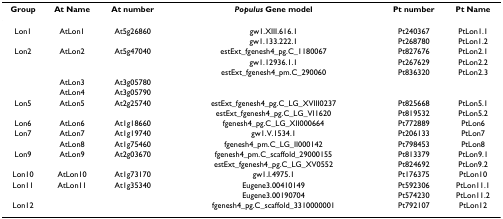
| Group | At Name | At number | Populus Gene model | Pt number | Pt Name |
 | --- | --- | --- | --- | --- | --- |
 | Lon1 | AtLon1 | At5g26860 | gw1.XIII.616.1 | Pt240367 | PtLon1.1 |
 |  |  |  | gw1.133.222.1 | Pt268780 | PtLon1.2 |
 | Lon2 | AtLon2 | At5g47040 | estExt_fgenesh4_pg.C_1180067 | Pt827676 | PtLon2.1 |
 |  |  |  | gw1.12936.1.1 | Pt267629 | PtLon2.2 |
 |  |  |  | estExt_fgenesh4_pm.C_290060 | Pt836320 | PtLon2.3 |
 |  | AtLon3 | At3g05780 |  |  |  |
 |  | AtLon4 | At3g05790 |  |  |  |
 | Lon5 | AtLon5 | At2g25740 | estExt_fgenesh4_pg.C_LG_XVIII0237 | Pt825668 | PtLon5.1 |
 |  |  |  | estExt_fgenesh4_pg.C_LG_VI1620 | Pt819532 | PtLon5.2 |
 | Lon6 | AtLon6 | At1g18660 | fgenesh4_pg.C_LG_XII000664 | Pt772889 | PtLon6 |
 | Lon7 | AtLon7 | At1g19740 | gw1.V.1534.1 | Pt206133 | PtLon7 |
 |  | AtLon8 | At1g75460 | fgenesh4_pm.C_LG_II000142 | Pt798453 | PtLon8 |
 | Lon9 | AtLon9 | At2g03670 | fgenesh4_pm.C_scaffold_29000155 | Pt813379 | PtLon9.1 |
 |  |  |  | estExt_fgenesh4_pg.C_LG_XV0552 | Pt824692 | PtLon9.2 |
 | Lon10 | AtLon10 | At1g73170 | gw1.I.4975.1 | Pt176375 | PtLon10 |
 | Lon11 | AtLon11 | At1g35340 | Eugene3.00410149 | Pt592306 | PtLon11.1 |
 |  |  |  | Eugene3.00190704 | Pt574230 | PtLon11.2 |
 | Lon12 |  |  | fgenesh4_pg.C_scaffold_3310000001 | Pt792107 | PtLon12 |